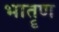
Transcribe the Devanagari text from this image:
भातॄण